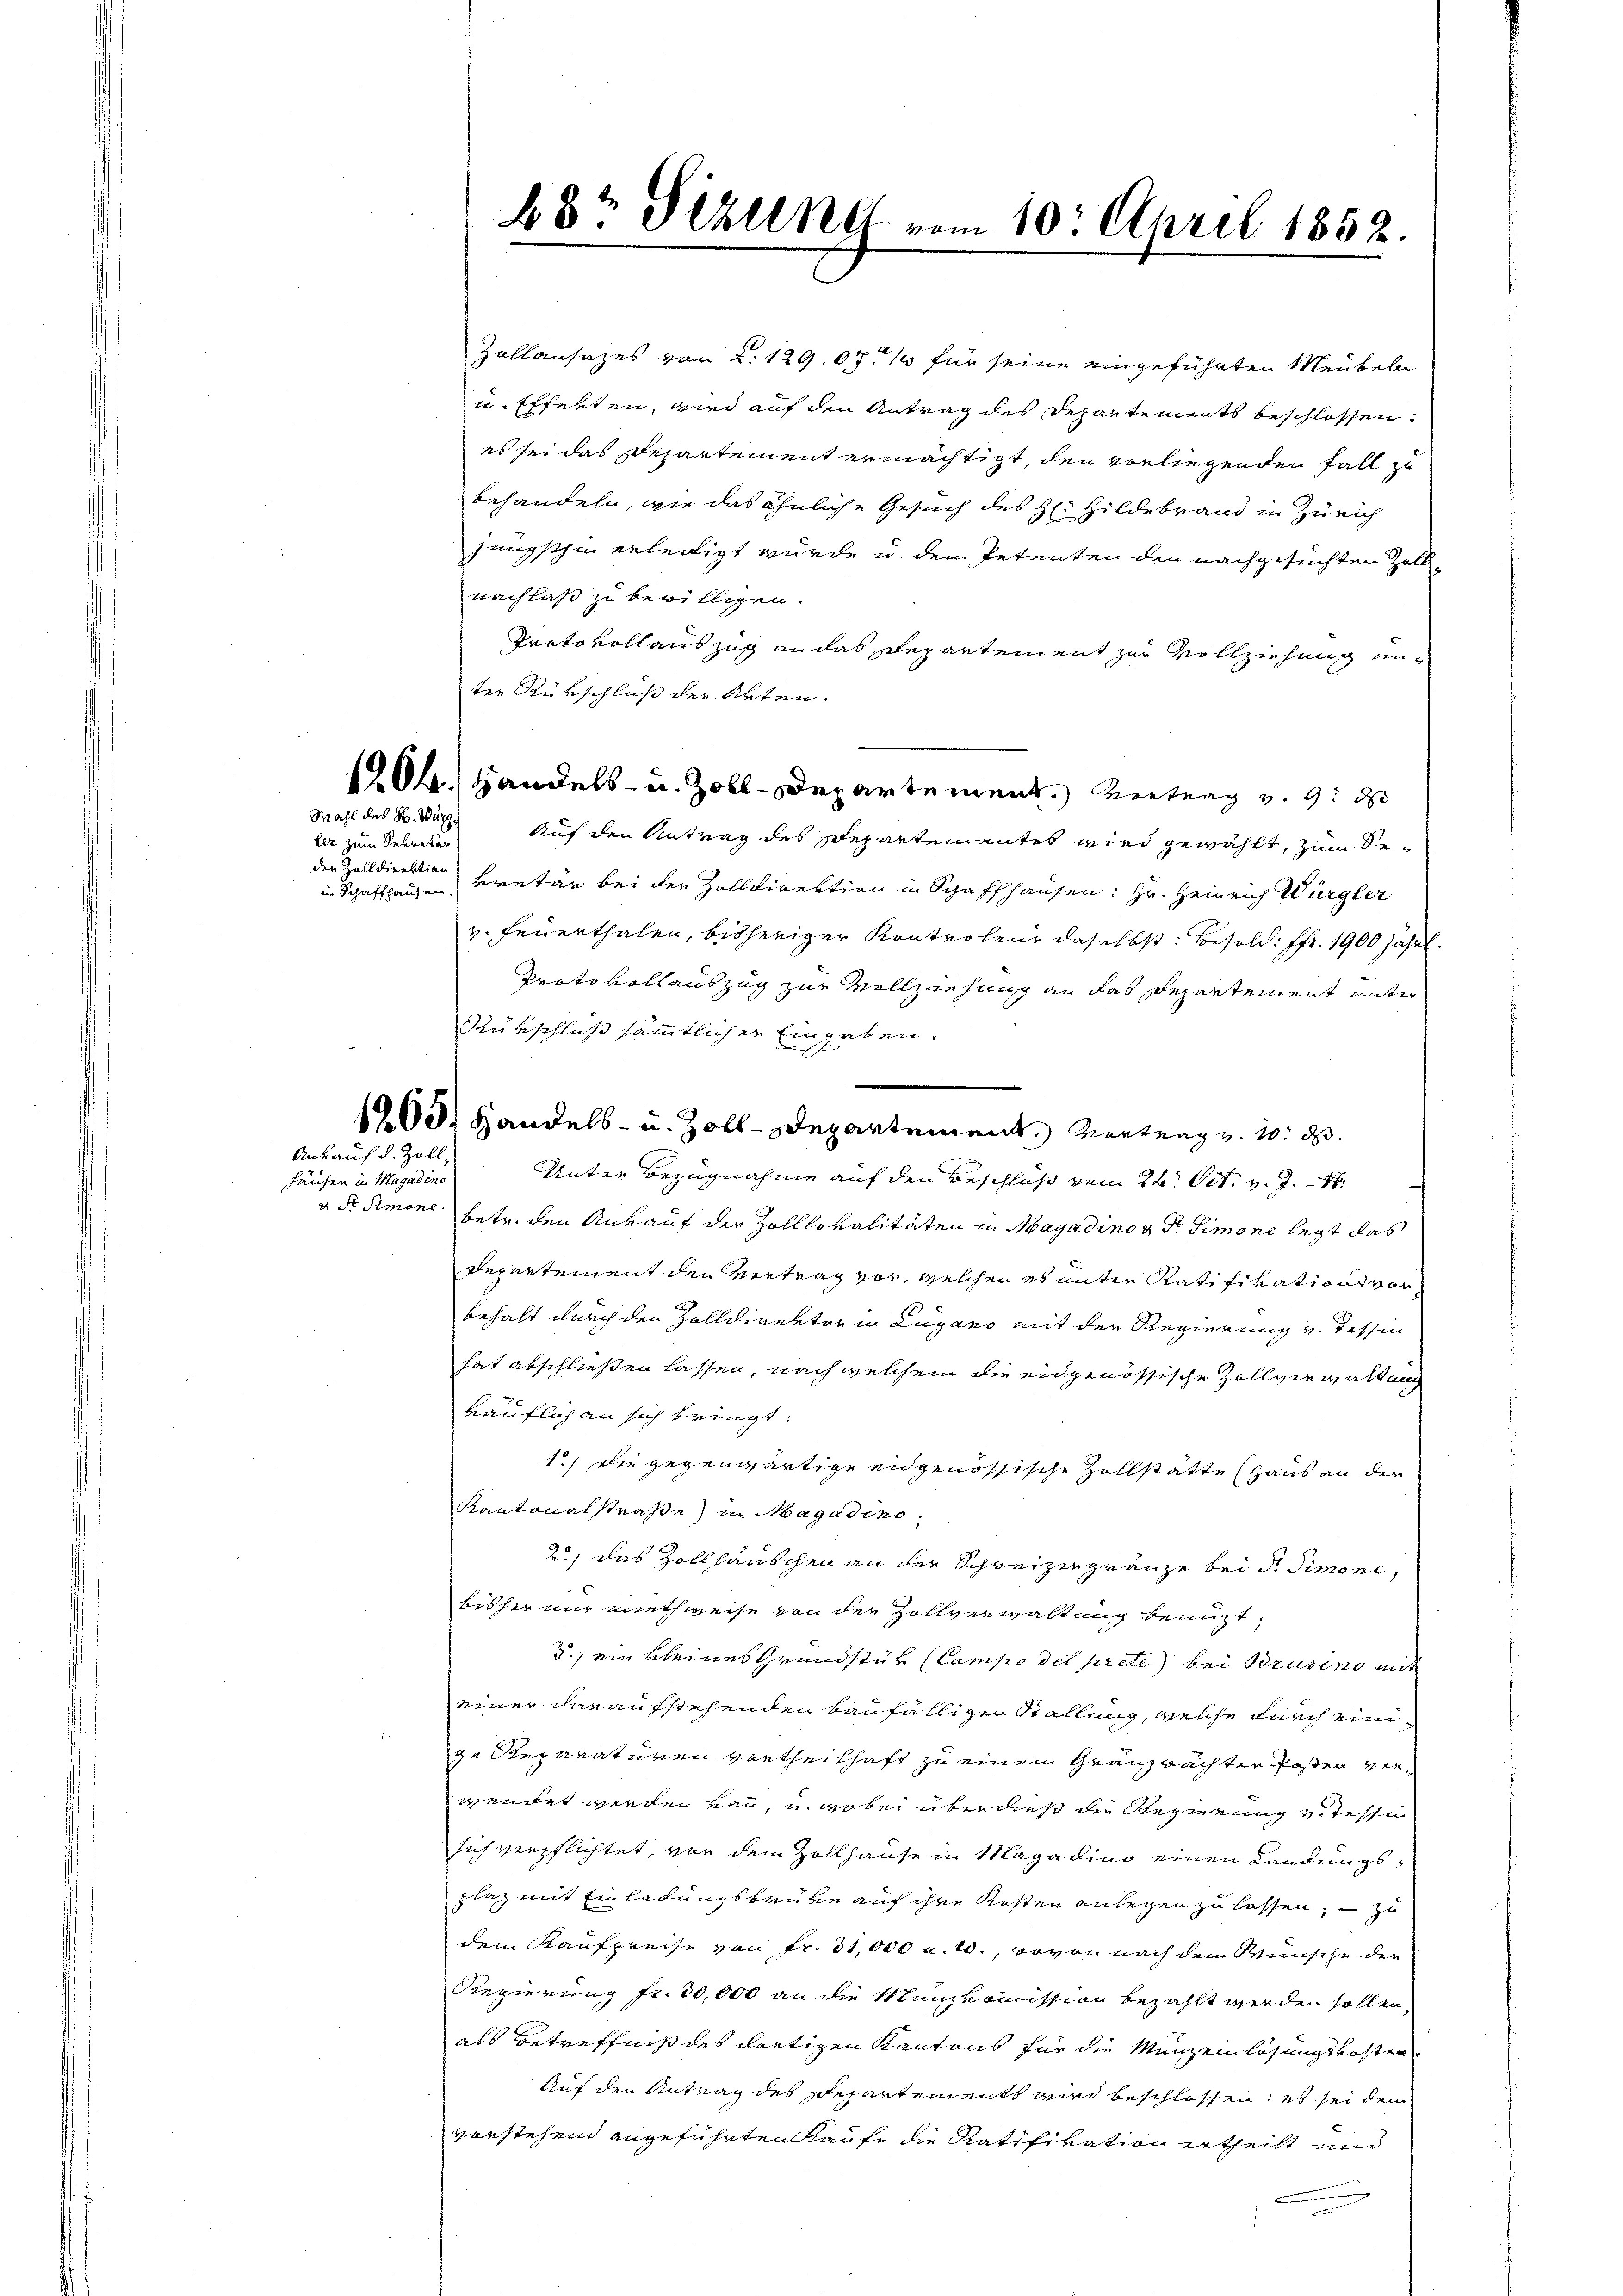
ler zum Sekretär
den Zolldirektion

Ankauf d. Zoll,

Häuser in Magaden.

68t Sizung vom 10. April 1852.

Zollansazes von 2. 129. 071 für seine eingeführten Meubeln
u. Efferten, wird auf den Antrag des Departements beschlossen.
es sei das Departement ermächtigt, den vorliegenden Fall zu
behandeln, wie das ähnliche Gesuch des H: Hildebrand in Zürich
jüngsthin erledigt wurde u. den Petenten den nachgesuchten Zollnachlaß zu bewilligen.
Protokoll auszug an das Departement zur Vollziehung unter Rükschluß der Arten.
1204. Handels- u. Zoll-Departement. Vertrag v. 9. d
Wahl des Sr. Dr. Auf den Antrag des Departementes wird gewählt, zum Sein Schaffhausen, kretär bei der Zolldirektion in Schaffhausen: Hr. Heinrich Würgler
v. Feuerthalen, bisheriger Kontroleur daselbst Besold. fr. 1900 Jahre.
Proto vollauszug zur Vollziehung an das Departement unter
Rükschluß sämmtlicher Eingaben.
Unter Bezugnahme auf den Beschluß vom 24. Oct. v. J. 1
v. dr. Simone betr. den Ankauf der Zolllo valitäten in Magadino u. Fr. Simone legt das
Departement den Vertrag vor, welchen es unter Ratifikations vorbehalt durch den Zolldirektor in Lugano mit der Regierung v. Tessin
hat abschließen lassen, nach welchem die eidgenössische Zollverwaltung
räuflich an sich bringt.
1.) Die gegenwärtige engenössische Zollstatte (Haus an der
Kantonalstraße) in Magadino
2.) Das Zollhäuschen an der Schweizengränze bei der Simone,
bisher nur miethweise von der Zollverwaltung benuzt,
5., ein kleines Grundstük (Campo del prete bei Brasino mit
einer daraufstehenden baufälliger Stallung, welche durch einige Reparaturen vortheilhaft zu einem Granzwächter Posten verwendet werden kan, u. wobei über dieß die Regierung v. Tessin
sich verpflichtet, von dem Zollhause in Magadino einen Landungsplaz mit Einladungsbrüke auf ihre Kosten anlegen zu lassen, zu
dem Kaufpreise von Fr. 31,000 u. 10., wovon nach dem Wünsche der
Regierung fr. 30,000 an die Manzkommission bezahlt werden sollen,
als Betreffniß des dortigen Kantons für die Münzenlösungskosten
Auf den Antrag des Departements wird beschlossen, es sei dem
vorstehend angeführten Kaufe die Ratifikation ertheilt und

173. Handels- u. Zoll-Departement. Vertrag v. 10. d.